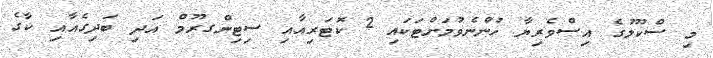
މި ސްކޫލުގެ އިސްވެރިޔާ ހުންނެވުމަށްޓަކައި 2 ކޮޓަރިއާއި ސިޓިންގރޫމް އަދި ބަދިގެއާއި ކާގެ